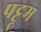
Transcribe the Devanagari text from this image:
पट्टूम